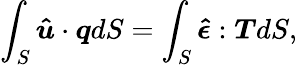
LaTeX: \int_{S}{\boldsymbol{\hat{u}}}\cdot{\boldsymbol{q}}dS=\int_{S}{\boldsymbol{\hat{\epsilon}}}:{\boldsymbol{T}}dS,